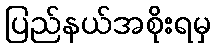
ပြည်နယ်အစိုးရမှ